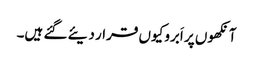
آنکھوں پر اَبرو کیوں قرار دیئے گئے ہیں۔